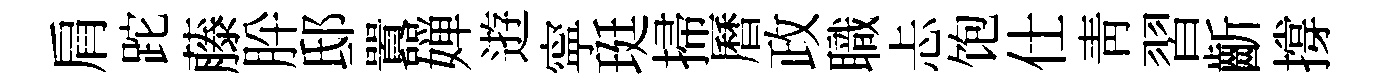
肩跎藤肸邸囂婵逰寜珽掃曆政職忐饱仕青習齗撐